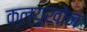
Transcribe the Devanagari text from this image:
क्ल्युखोन